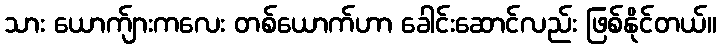
သား ယောက်ျားကလေး တစ်ယောက်ဟာ ခေါင်းဆောင်လည်း ဖြစ်နိုင်တယ်။